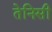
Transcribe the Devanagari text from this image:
तेनिसी